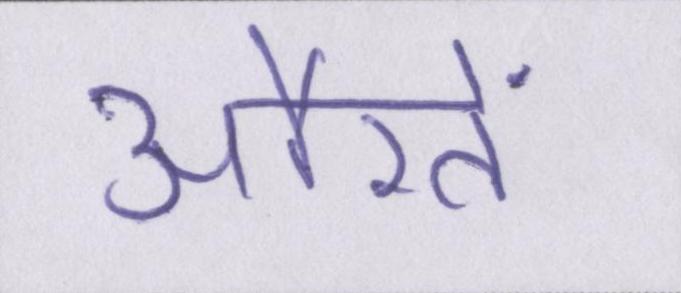
औरतें